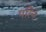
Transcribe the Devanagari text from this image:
परिने